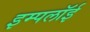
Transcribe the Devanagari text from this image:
इम्पलॉई